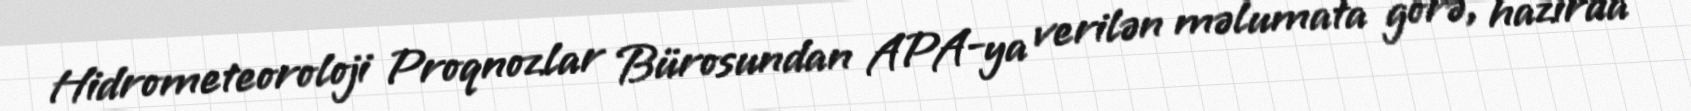
Hidrometeoroloji Proqnozlar Bürosundan APA-ya verilən məlumata görə, hazırda